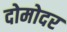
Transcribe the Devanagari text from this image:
दोमोदर